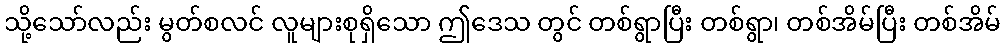
သို့သော်လည်း မွတ်စလင် လူများစုရှိသော ဤဒေသ တွင် တစ်ရွာပြီး တစ်ရွာ၊ တစ်အိမ်ပြီး တစ်အိမ်